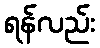
ရန်လည်း